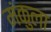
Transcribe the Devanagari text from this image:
मंकुला